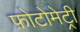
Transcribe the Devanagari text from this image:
फ़ोटोमेट्री